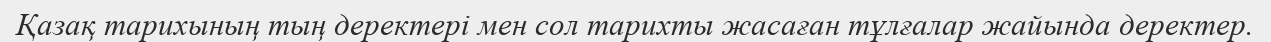
Қазақ тарихының тың деректері мен сол тарихты жасаған тұлғалар жайында деректер.